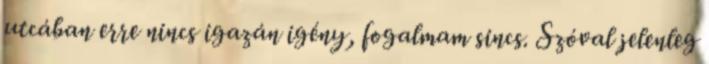
utcában erre nincs igazán igény, fogalmam sincs. Szóval jelenleg